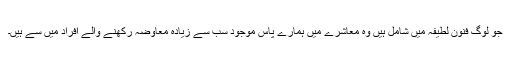
جو لوگ فنون لطیفہ میں شامل ہیں وہ معاشرے میں ہمارے پاس موجود سب سے زیادہ معاوضہ رکھنے والے افراد میں سے ہیں۔